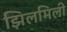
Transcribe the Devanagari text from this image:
झिलमिली